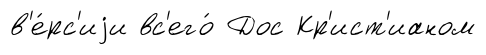
в'е́рс'иjи вс'его́ Дос Кр'ист'ианом